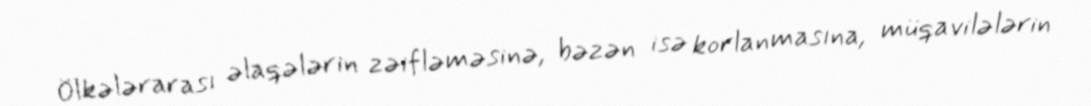
Ölkələrarası əlaqələrin zəifləməsinə, bəzən isə korlanmasına, müqavilələrin